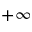
+ \infty